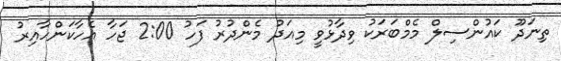
ތިނަދޫ ކައުންސިލް މެމްބަރަކު ވިދާޅުވީ މިއަދު މެންދުރު ފަހު 2:00 ޖަހާ އެހާކަންހާއިރު